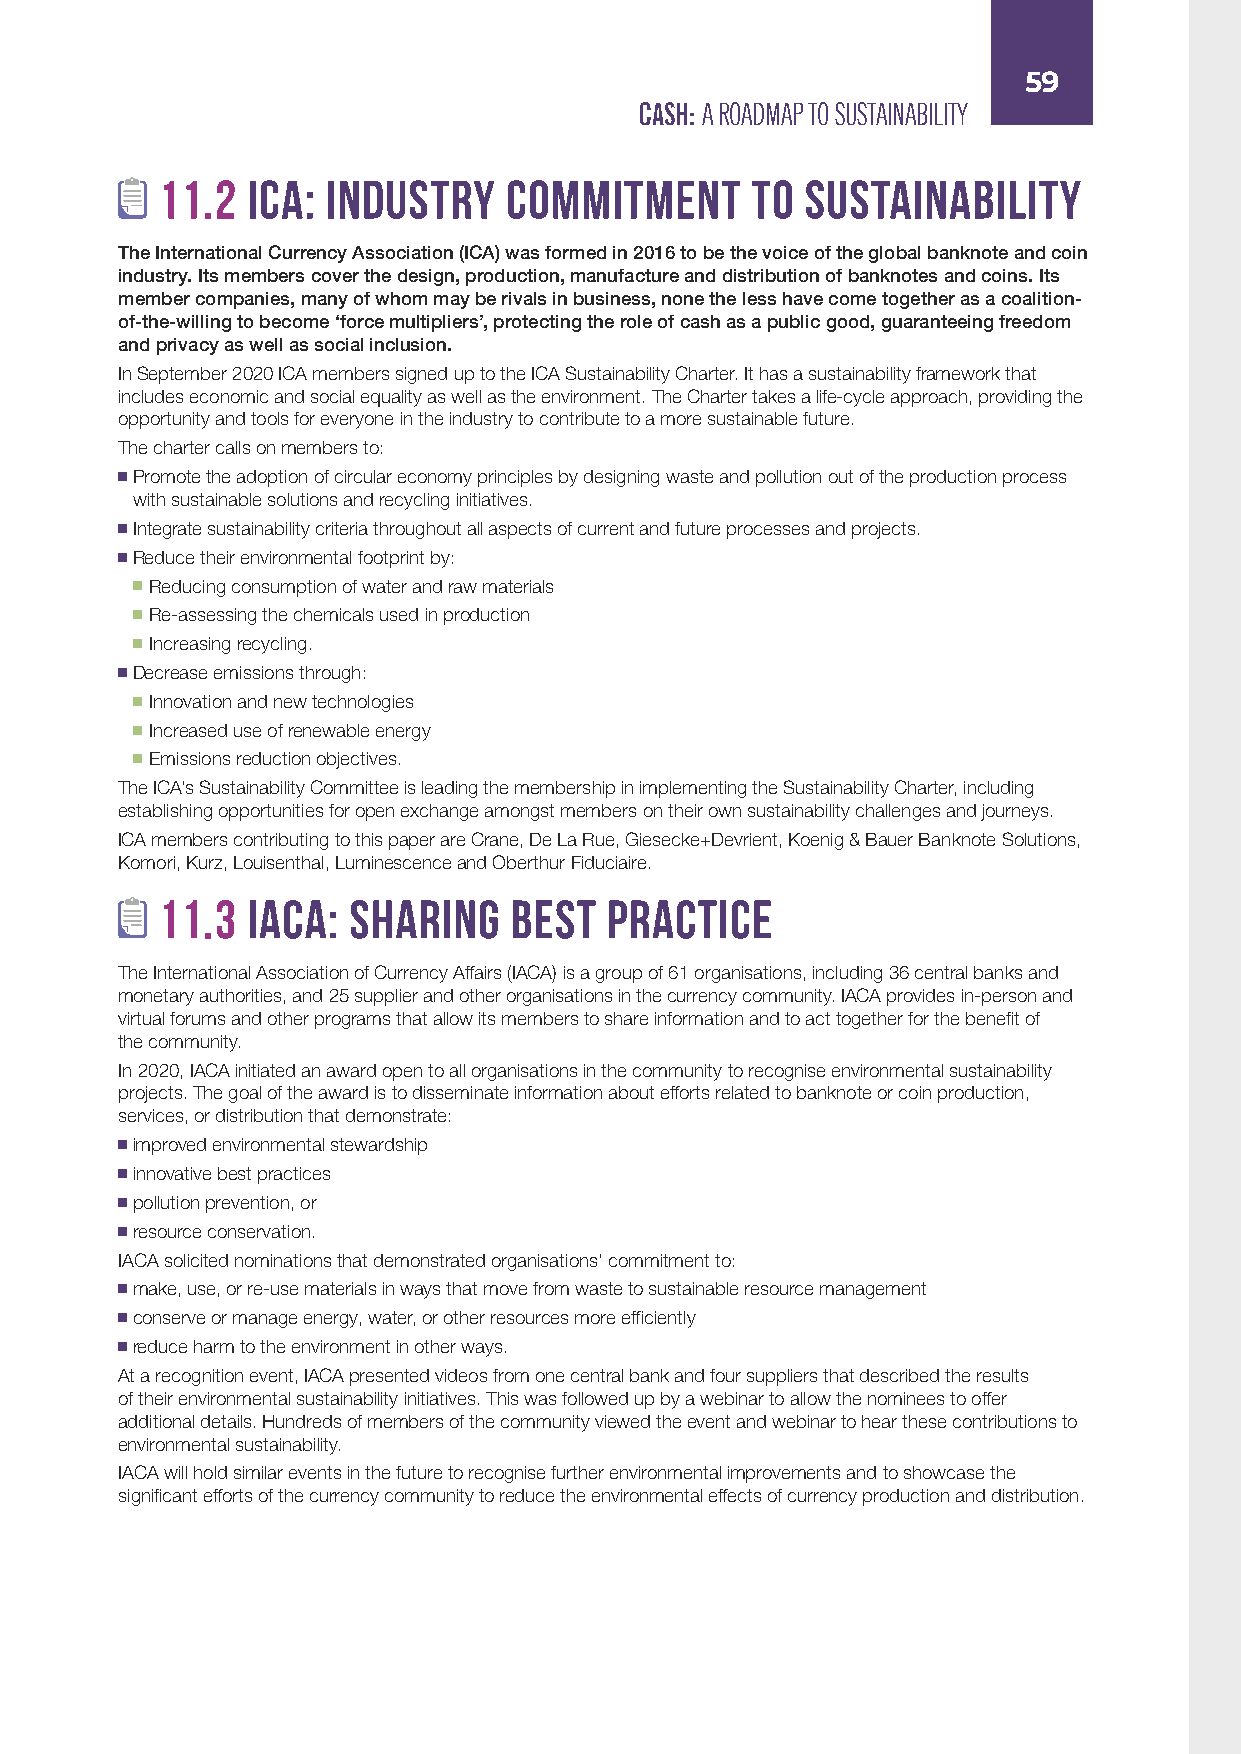
59
 CASH: A ROADMAP TO SUSTAINABILITY
 11.2  ICA: Industry    Commitment       to Sustainability
 The International Currency Association (ICA) was formed in 2016 to be the voice of the global banknote and coin
 industry. Its members cover the design, production, manufacture and distribution of banknotes and coins. Its
 member companies, many of whom may be rivals in business, none the less have come together as a coalition-
 of-the-willing to become ‘force multipliers’, protecting the role of cash as a public good, guaranteeing freedom
 and privacy as well as social inclusion.
 In September 2020 ICA members signed up to the ICA Sustainability Charter. It has a sustainability framework that
 includes economic and social equality as well as the environment. The Charter takes a life-cycle approach, providing the
 opportunity and tools for everyone in the industry to contribute to a more sustainable future.
 The charter calls on members to:
 Promote the adoption of circular economy principles by designing waste and pollution out of the production process
 with sustainable solutions and recycling initiatives.
 Integrate sustainability criteria throughout all aspects of current and future processes and projects.
 Reduce their environmental footprint by:
 Reducing consumption of water and raw materials
 Re-assessing the chemicals used in production
 Increasing recycling.
 Decrease emissions through:
 Innovation and new technologies
 Increased use of renewable energy
 Emissions reduction objectives.
 The ICA’s Sustainability Committee is leading the membership in implementing the Sustainability Charter, including
 establishing opportunities for open exchange amongst members on their own sustainability challenges and journeys.
 ICA members contributing to this paper are Crane, De La Rue, Giesecke+Devrient, Koenig & Bauer Banknote Solutions,
 Komori, Kurz, Louisenthal, Luminescence and Oberthur Fiduciaire.
 11.3  IACA:  Sharing    Best  Practice
 The International Association of Currency Affairs (IACA) is a group of 61 organisations, including 36 central banks and
 monetary authorities, and 25 supplier and other organisations in the currency community. IACA provides in-person and
 virtual forums and other programs that allow its members to share information and to act together for the benefit of
 the community.
 In 2020, IACA initiated an award open to all organisations in the community to recognise environmental sustainability
 projects. The goal of the award is to disseminate information about efforts related to banknote or coin production,
 services, or distribution that demonstrate:
 improved environmental stewardship
 innovative best practices
 pollution prevention, or
 resource conservation.
 IACA solicited nominations that demonstrated organisations’ commitment to:
 make, use, or re-use materials in ways that move from waste to sustainable resource management
 conserve or manage energy, water, or other resources more efficiently
 reduce harm to the environment in other ways.
 At a recognition event, IACA presented videos from one central bank and four suppliers that described the results
 of their environmental sustainability initiatives. This was followed up by a webinar to allow the nominees to offer
 additional details. Hundreds of members of the community viewed the event and webinar to hear these contributions to
 environmental sustainability.
 IACA will hold similar events in the future to recognise further environmental improvements and to showcase the
 significant efforts of the currency community to reduce the environmental effects of currency production and distribution.